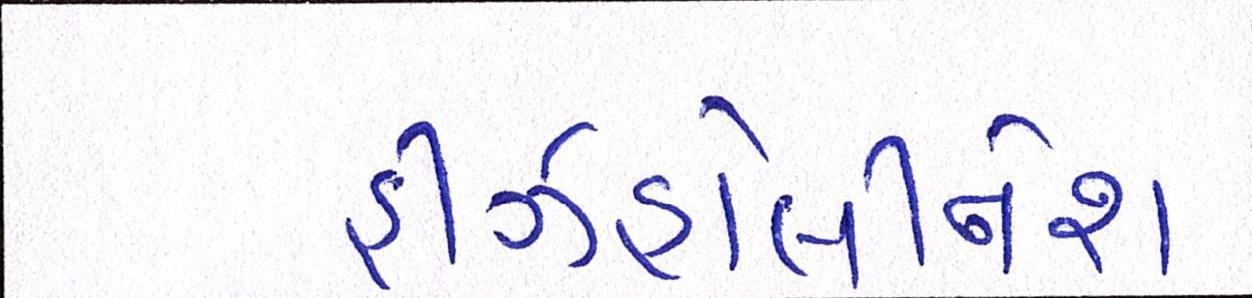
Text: હીઝહોલીનેશ